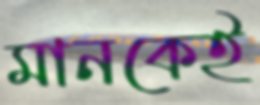
মানকেই